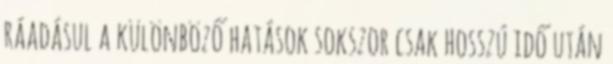
ráadásul a különböző hatások sokszor csak hosszú idő után